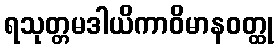
ရသုတ္တမဒါယိကာဝိမာနဝတ္ထု